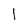
Character: l